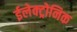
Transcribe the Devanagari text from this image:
ईलेक्ट्रोनिक